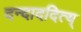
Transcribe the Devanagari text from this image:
दन्दाददित्य्